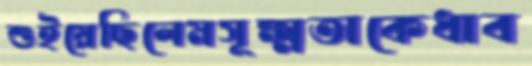
শুইয়েছিলেমসূক্ষ্মতাকেধাব